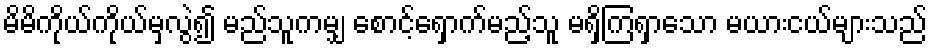
မိမိကိုယ်ကိုယ်မှလွဲ၍ မည်သူကမျှ စောင့်ရှောက်မည့်သူ မရှိကြရှာသော မယားငယ်များသည်